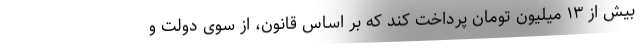
بیش از ۱۳ میلیون تومان پرداخت کند که بر اساس قانون، از سوی دولت و